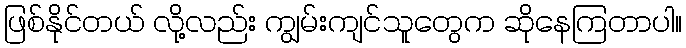
ဖြစ်နိုင်တယ် လို့လည်း ကျွမ်းကျင်သူတွေက ဆိုနေကြတာပါ။